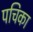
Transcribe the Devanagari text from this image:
पचिका